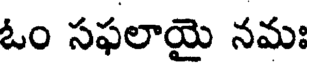
ఓం సఫలాయై నమః